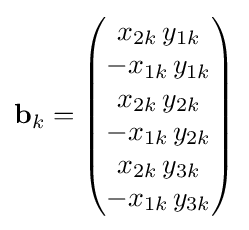
\mathbf {b} _{k}={\begin{pmatrix}x_{2k}\,y_{1k}\\-x_{1k}\,y_{1k}\\x_{2k}\,y_{2k}\\-x_{1k}\,y_{2k}\\x_{2k}\,y_{3k}\\-x_{1k}\,y_{3k}\end{pmatrix}}